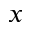
_ x